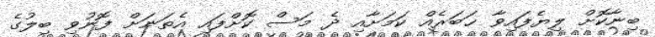
ބިނާކޮށް ލިޔެފައިވާ ޚަބަރެއް ކަމަށާއި ދެ މަސް ކޮށްފައި އެތަނަށް ފޮނުވި ބިލުގެ